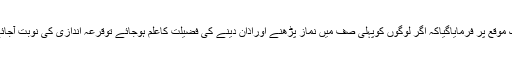
ایک موقع پر فرمایاگیاکہ اگر لوگوں کوپہلی صف میں نماز پڑھنے اوراذان دینے کی فضیلت کاعلم ہوجائے توقرعہ اندازی کی نوبت آجائے ۔